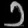
Digit: ၁